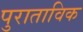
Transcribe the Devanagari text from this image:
पुराताविक